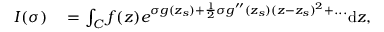
\begin{array} { r l } { I ( \sigma ) } & { { } = \int _ { C } f ( z ) e ^ { \sigma g ( z _ { s } ) + \frac { 1 } { 2 } \sigma g ^ { \prime \prime } ( z _ { s } ) ( z - z _ { s } ) ^ { 2 } + . . . } \mathrm { d } z , } \end{array}